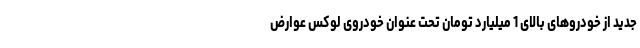
جدید از خودروهای بالای 1 میلیارد تومان تحت عنوان خودروی لوکس عوارض